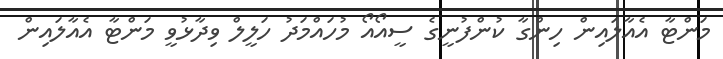
މަންޓާ އެއާލައިން ހިންގާ ކުންފުނީގެ ސީއޯއޯ މުހައްމަދު ހަލީލް ވިދާޅުވީ މަންޓާ އެއާލައިން